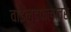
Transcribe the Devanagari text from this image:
वाइल्डफ्लावर